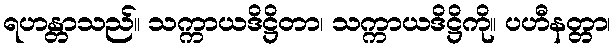
ရဟန္တာသည်။ သက္ကာယဒိဋ္ဌိတာ၊ သက္ကာယဒိဋ္ဌိကို။ ပဟီနတ္တာ၊